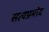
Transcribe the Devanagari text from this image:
सत्यप्रमोद